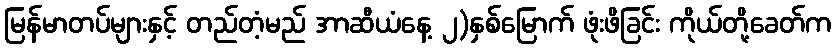
မြန်မာတပ်များနှင့် တည်တံ့မည် အာဆီယံနေ့ ၂)နှစ်မြောက် ဖုံးဖိခြင်း ကိုယ်တို့ခေတ်က